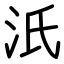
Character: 汦